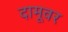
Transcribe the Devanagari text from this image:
दामूवर